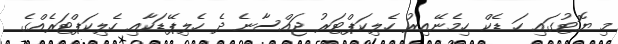
މި ޔޮޓުގައި ހަ ޑެކް ހިމެނޭއިރު ހެލިކަޕްޓަރު ޖައްސާނެ ދެ ހެލިޕޭޑަކާއި ހެލިކަޕްޓަރެއްގެ